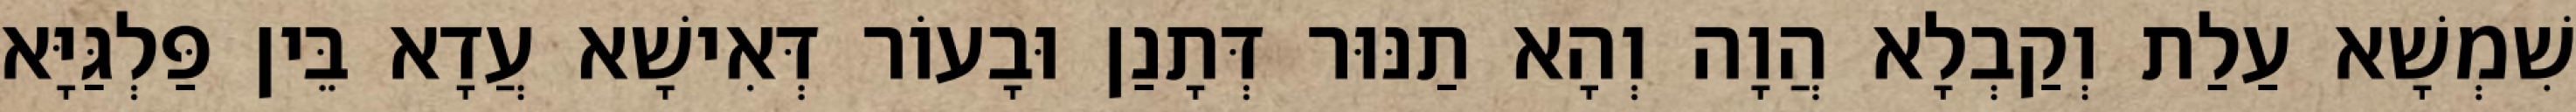
שִׁמְשָׁא עַלַת וְקַבְלָא הֲוָה וְהָא תַנּוּר דְּתָנַן וּבָעוֹר דְּאִישָׁא עֲדָא בֵּין פַּלְגַּיָּא